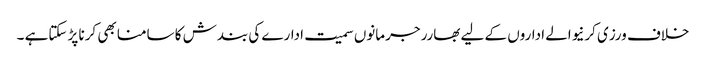
خلاف ورزی کرنیوالے اداروں کے لیے بھارر جرمانوں سمیت ادارے کی بندش کا سامنا بھی کرنا پڑ سکتاہے ۔